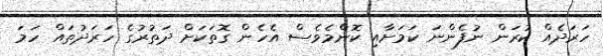
ހަރަދެއް ކުރަން ނުފެންނަ ކަމަށާއި ކޮންމެވެސް އެހެން ގޮތަކަށް ދަތުރުގެ ހަރަދުތައް ހަމަ